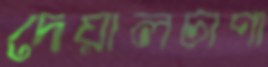
দেয়ালচাপা